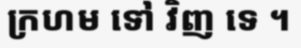
ក្រហម ទៅ វិញ ទេ ។